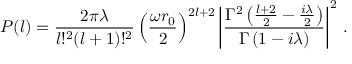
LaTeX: P ( l ) = \frac { 2 \pi \lambda } { l ! ^ { 2 } ( l + 1 ) ! ^ { 2 } } \left( \frac { \omega r _ { 0 } } { 2 } \right) ^ { 2 l + 2 } \left| \frac { \Gamma ^ { 2 } \left( \frac { l + 2 } { 2 } - \frac { i \lambda } { 2 } \right) } { \Gamma \left( 1 - i \lambda \right) } \right| ^ { 2 } \, .